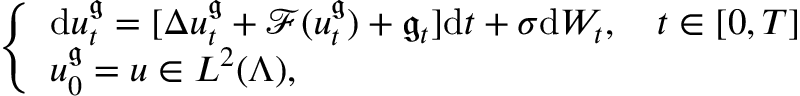
\left\{ \begin{array} { l l } { \mathrm { d } u _ { t } ^ { \mathfrak { g } } = [ \Delta u _ { t } ^ { \mathfrak { g } } + \mathcal { F } ( u _ { t } ^ { \mathfrak { g } } ) + \mathfrak { g } _ { t } ] \mathrm { d } t + \sigma \mathrm { d } W _ { t } , \quad t \in [ 0 , T ] } \\ { u _ { 0 } ^ { \mathfrak { g } } = u \in L ^ { 2 } ( \Lambda ) , } \end{array} \right.